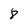
Character: 8